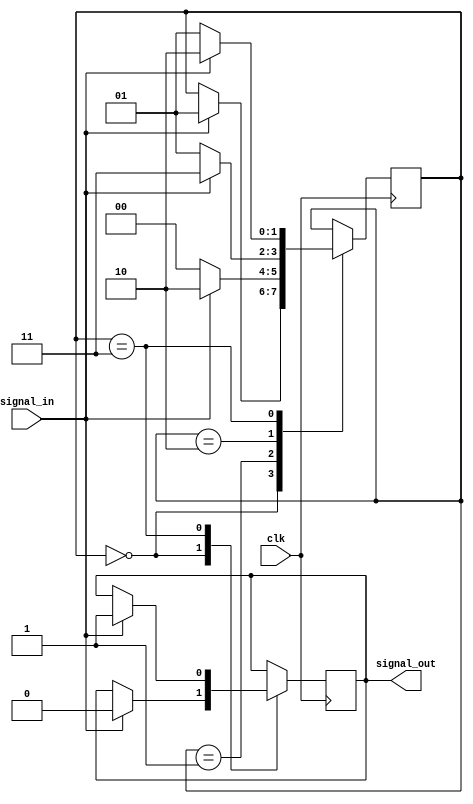
module debounce_circuit(
    input wire signal_in,
    input wire clk,
    output reg signal_out
);

// State definitions
parameter idle = 2'b00;
parameter waiting = 2'b01;
parameter debounce = 2'b10;
parameter debounced = 2'b11;

// State register
reg [1:0] state;

always @(posedge clk) begin
    case(state)
        idle: begin
            if (signal_in == 1'b1) begin
                state <= waiting;
                signal_out <= 1'b0;
            end
        end
        waiting: begin
            if (signal_in == 1'b0) begin
                state <= idle;
            end
            else begin
                state <= debounce;
            end
        end
        debounce: begin
            if (signal_in == 1'b0) begin
                state <= waiting;
            end
            else begin
                state <= debounced;
            end
        end
        debounced: begin
            if (signal_in == 1'b0) begin
                state <= waiting;
            end
            else begin
                state <= debounce;
                signal_out <= 1'b1;
            end
        end
        default: state <= idle;
    endcase
end

endmodule